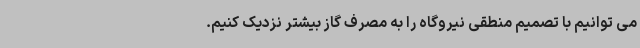
می توانیم با تصمیم منطقی نیروگاه را به مصرف گاز بیشتر نزدیک کنیم.